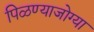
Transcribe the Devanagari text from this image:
पिळण्याजोग्या